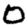
Digit: 0